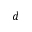
d